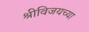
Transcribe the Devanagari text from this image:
श्रीविजयच्या